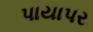
પાયાપર